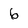
Character: 6